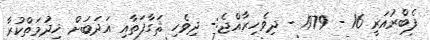
ފެބްރުއަރީ 16 - 1979 - ދިވެހިރާއްޖެ:- ދިވެހި ޘަގާފަތާއި އަދަބަށް ޚިދުމަތްކުރާ